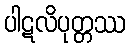
ပါဋလိပုတ္တဿ